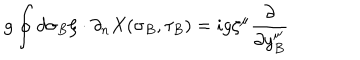
g \oint d \sigma _ { B } \zeta \cdot \partial _ { n } X ( \sigma _ { B } , \tau _ { B } ) = i g \zeta ^ { \mu } { \frac { \partial } { \partial y _ { B } ^ { \mu } } }